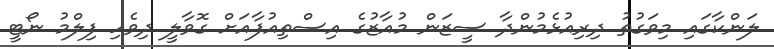
ލަންކާގައި މިވަގުތު ދިރިއުޅެމުންދާ ސީޒަން މުއާޒުގެ އިސްތިއުފާއަށް ގޮވާލީ ދިވެހި ފިލްމު ނޯޓީ